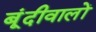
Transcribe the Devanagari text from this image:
बूंदीवालों